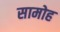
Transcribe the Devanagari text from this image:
सामोह